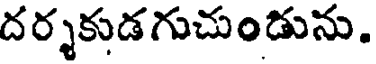
దర్శకుడగుచుండును.